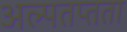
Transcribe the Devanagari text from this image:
अल्पतप्तता